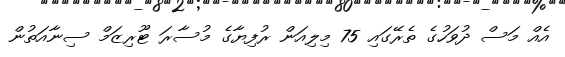
އެއް މަސް ދުވަހުގެ ތެރޭގައި 75 މިލިއަން ރުފިޔާގެ މުސާރަ ޓޫރިޒަމް ސިނާއަތުން